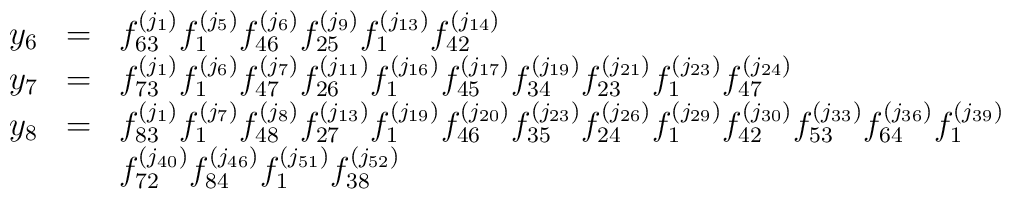
\begin{array}{lcl}y_6&=&f_{63}^{(j_1)}f_1^{(j_5)}f_{46}^{(j_{6})}  f_{25}^{(j_{9})}f_1^{(j_{13})}  f_{42}^{(j_{14})}\\y_7&=& f_{73}^{(j_{1})}  f_1^{(j_{6})}  f_{47}^{(j_{7})}f_{26}^{(j_{11})}  f_1^{(j_{16})}  f_{45}^{(j_{17})}  f_{34}^{(j_{19})}  f_{23}^{(j_{21})}  f_1^{(j_{23})} f_{47}^{(j_{24})}\\y_8&=&f_{83}^{(j_{1})}f_{1}^{(j_{7})}f_{48}^{(j_{8})}f_{27}^{(j_{13})}f_{1}^{(j_{19})}f_{46}^{(j_{20})}f_{35}^{(j_{23})}f_{24}^{(j_{26})}f_{1}^{(j_{29})}f_{42}^{(j_{30})} f_{53}^{(j_{33})}f_{64}^{(j_{36})}f_{1}^{(j_{39})}\\&&f_{72}^{(j_{40})}f_{84}^{(j_{46})}f_{1}^{(j_{51})}f_{38}^{(j_{52})}\end{array}